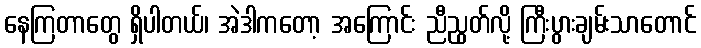
နေကြတာတွေ ရှိပါတယ်၊ အဲဒါကတော့ အကြောင်း ညီညွတ်လို့ ကြီးပွားချမ်းသာတောင်